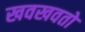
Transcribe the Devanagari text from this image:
खवखवतो